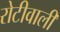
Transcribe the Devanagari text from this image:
रोटीवाली